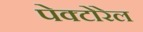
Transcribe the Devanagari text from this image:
पेक्टोरेल